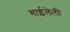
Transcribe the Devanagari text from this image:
गाईलेली